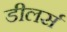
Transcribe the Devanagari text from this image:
डीलर्स